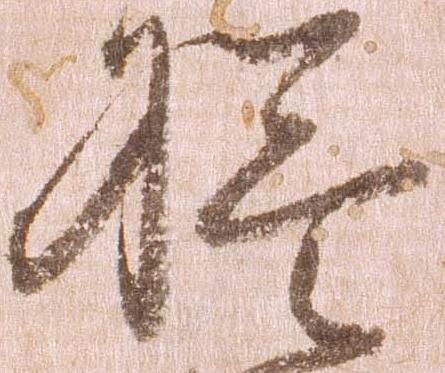
検